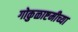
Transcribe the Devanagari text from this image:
गोकुळाष्टमीच्या